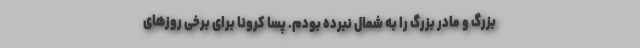
بزرگ و مادر بزرگ را به شمال نبرده بودم. پسا کرونا برای برخی روزهای